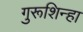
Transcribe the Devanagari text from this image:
गुरूशिन्हा